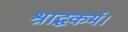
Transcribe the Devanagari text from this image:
श्राद्धकर्म।